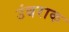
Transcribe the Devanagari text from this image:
उंबराक